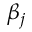
\beta _ { j }